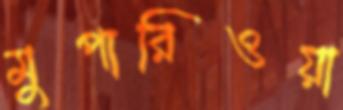
মুপারিওয়া